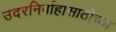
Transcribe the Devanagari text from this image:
उदरनिर्वाहासाठीच्या